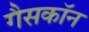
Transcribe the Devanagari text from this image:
गैसकॉन